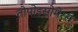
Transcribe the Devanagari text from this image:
तोपोइसोमेरसे